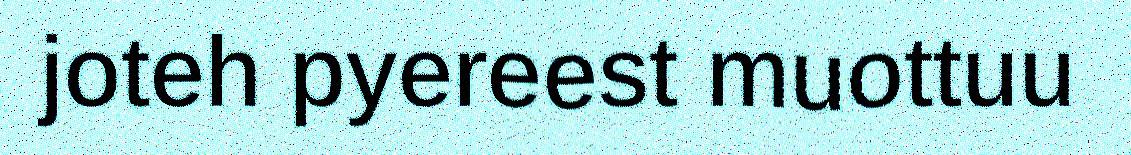
joteh pyereest muottuu